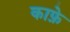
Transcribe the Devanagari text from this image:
काफ़े